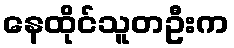
နေထိုင်သူတဦးက